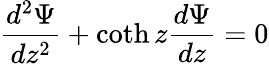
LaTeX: \frac{d^{2}\Psi}{dz^{2}}+\coth z\frac{d\Psi}{dz}=0